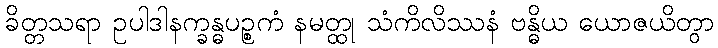
ခိတ္တသရာ ဥပါဒါနက္ခန္ဓပဉ္စကံ နမတ္ထု သံကိလိဿနံ ဗန္ဓိယ ယောဇယိတွာ